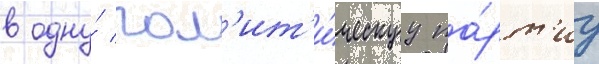
в одну́ пол'ит'и́ческуу па́рт'иу